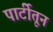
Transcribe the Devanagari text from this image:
पार्टीतून